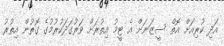
އަދި ކުރިއަށް އޮތް ސީޒަނަށް އެ ޓީމު އިތުރަށް ވަރުގަދަކުރުމުގެ ގޮތުން އިތުރު